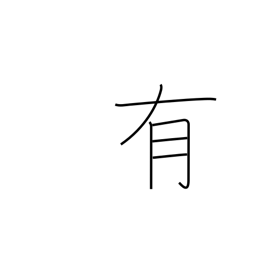
Meaning: occur